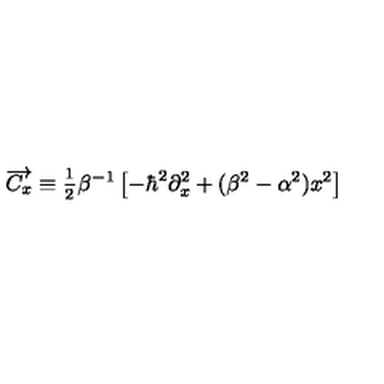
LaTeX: \overrightarrow { C _ { x } } \equiv \frac { { } _ { 1 } } { { } ^ { 2 } } \beta ^ { - 1 } \left[ - \hbar ^ { 2 } \partial _ { x } ^ { 2 } + ( \beta ^ { 2 } - \alpha ^ { 2 } ) x ^ { 2 } \right]